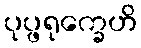
ပုပ္ဖရုက္ခေဟိ